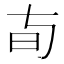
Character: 𬀦